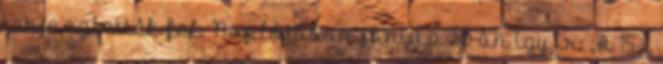
terjesztették fel. Naplójában június 20-án így ír: „A 15-i